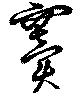
竇